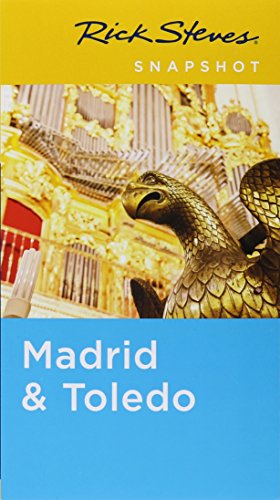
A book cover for Rick Steves Snapshot Madrid & Toledo; Rick Steves; Travel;